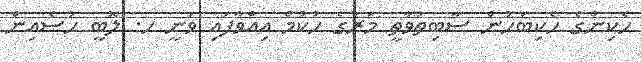
ހެކިންގެ ހެކިބަހުން ސާބިތުވާތީ މަރުގެ ހުކުމް އިއްވާފައި ވަނީ ހ. ލޮބީ ހުސެއިން